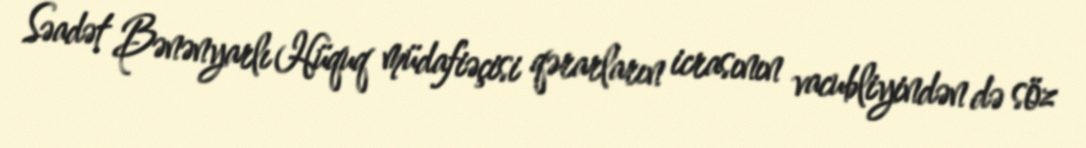
Səadət Bənənyarlı Hüquq müdafiəçisi qərarların icrasının vacubliyindən də söz